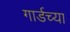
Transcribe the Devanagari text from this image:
गार्डच्या